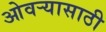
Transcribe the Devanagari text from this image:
ओवऱ्यासाठी